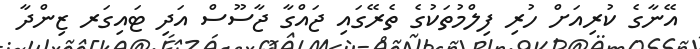
އޭނާގެ ކުރިއަށް ހުރި ފިލްމުތަކުގެ ތެރޭގައި ޖައްގާ ޖާސޫސް އަދި ޓައިގަރ ޒިންދާ